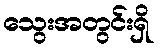
သွေးအတွင်းရှိ